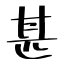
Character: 甚